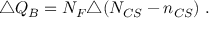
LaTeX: \triangle Q _ { B } = N _ { F } \triangle ( N _ { C S } - n _ { C S } ) \; .